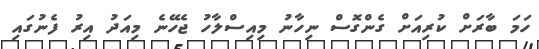
ހަމަ ބާރަށް ކުރިއަށް ގެންގޮސް ނިހާނު މިއިސްލާހު ޖެހޭނެ މިއަދު އިރު ފެނުގައި